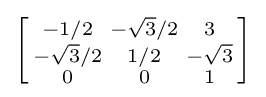
\left[{\begin{smallmatrix}-1/2&-{\sqrt {3}}/2&3\\-{\sqrt {3}}/2&1/2&-{\sqrt {3}}\\0&0&1\\\end{smallmatrix}}\right]